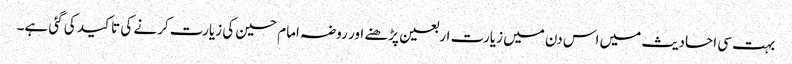
بہت سی احادیث میں اس دن میں زیارت اربعین پڑھنے اور روضہ امام حسین کی زیارت کرنے کی تاکید کی گئی ہے۔